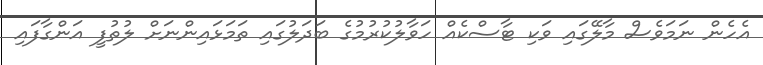
އެހެން ނަމަވެސް މާލޭގައި ވަކި ޓާސްކެއް ހަވާލުކުރުމުގެ ބަދަލުގައި ތަމަޅައިންނަށް ލުތުފީ އަންގާފައި